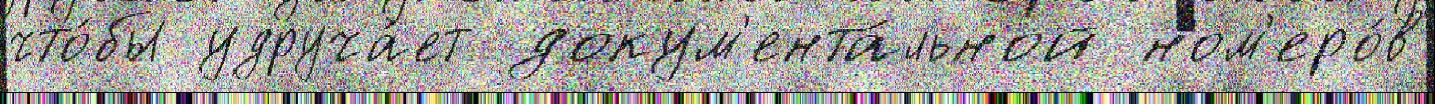
что́бы удруча́ет докум'ента́льной ном'еро́в